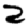
Digit: 2